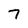
Character: 7